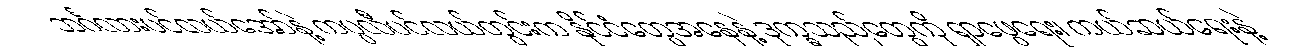
ဘင်္ဂလားပင်လယ်အော်နဲ့ ကပ္ပလီပင်လယ်တွင်းက နိုင်ငံတွေအနေနဲ့ ဒုက္ခသည်တွေကို ရှာဖွေရေး၊ ကယ်ဆယ်ရေးနဲ့